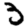
Digit: 3